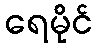
ရေမိုင်